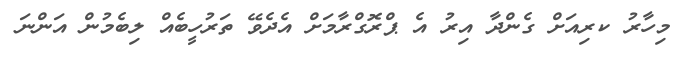
މިހާރު ކރިއަށް ގެންދާ އިރު އެ ޕްރޮގްރާމަށް އެދެވޭ ތަރުހީބެއް ލިބެމުން އަންނަ